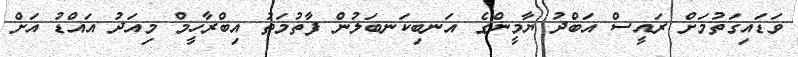
ވަޑައިގަތުމަށް ރައީސް އަބްދު ޔާމީންގެ އަނބިކަނބަލުން ފާތުމަތު އިބްރާހީމް މިއަދު އައްޑު އަށް